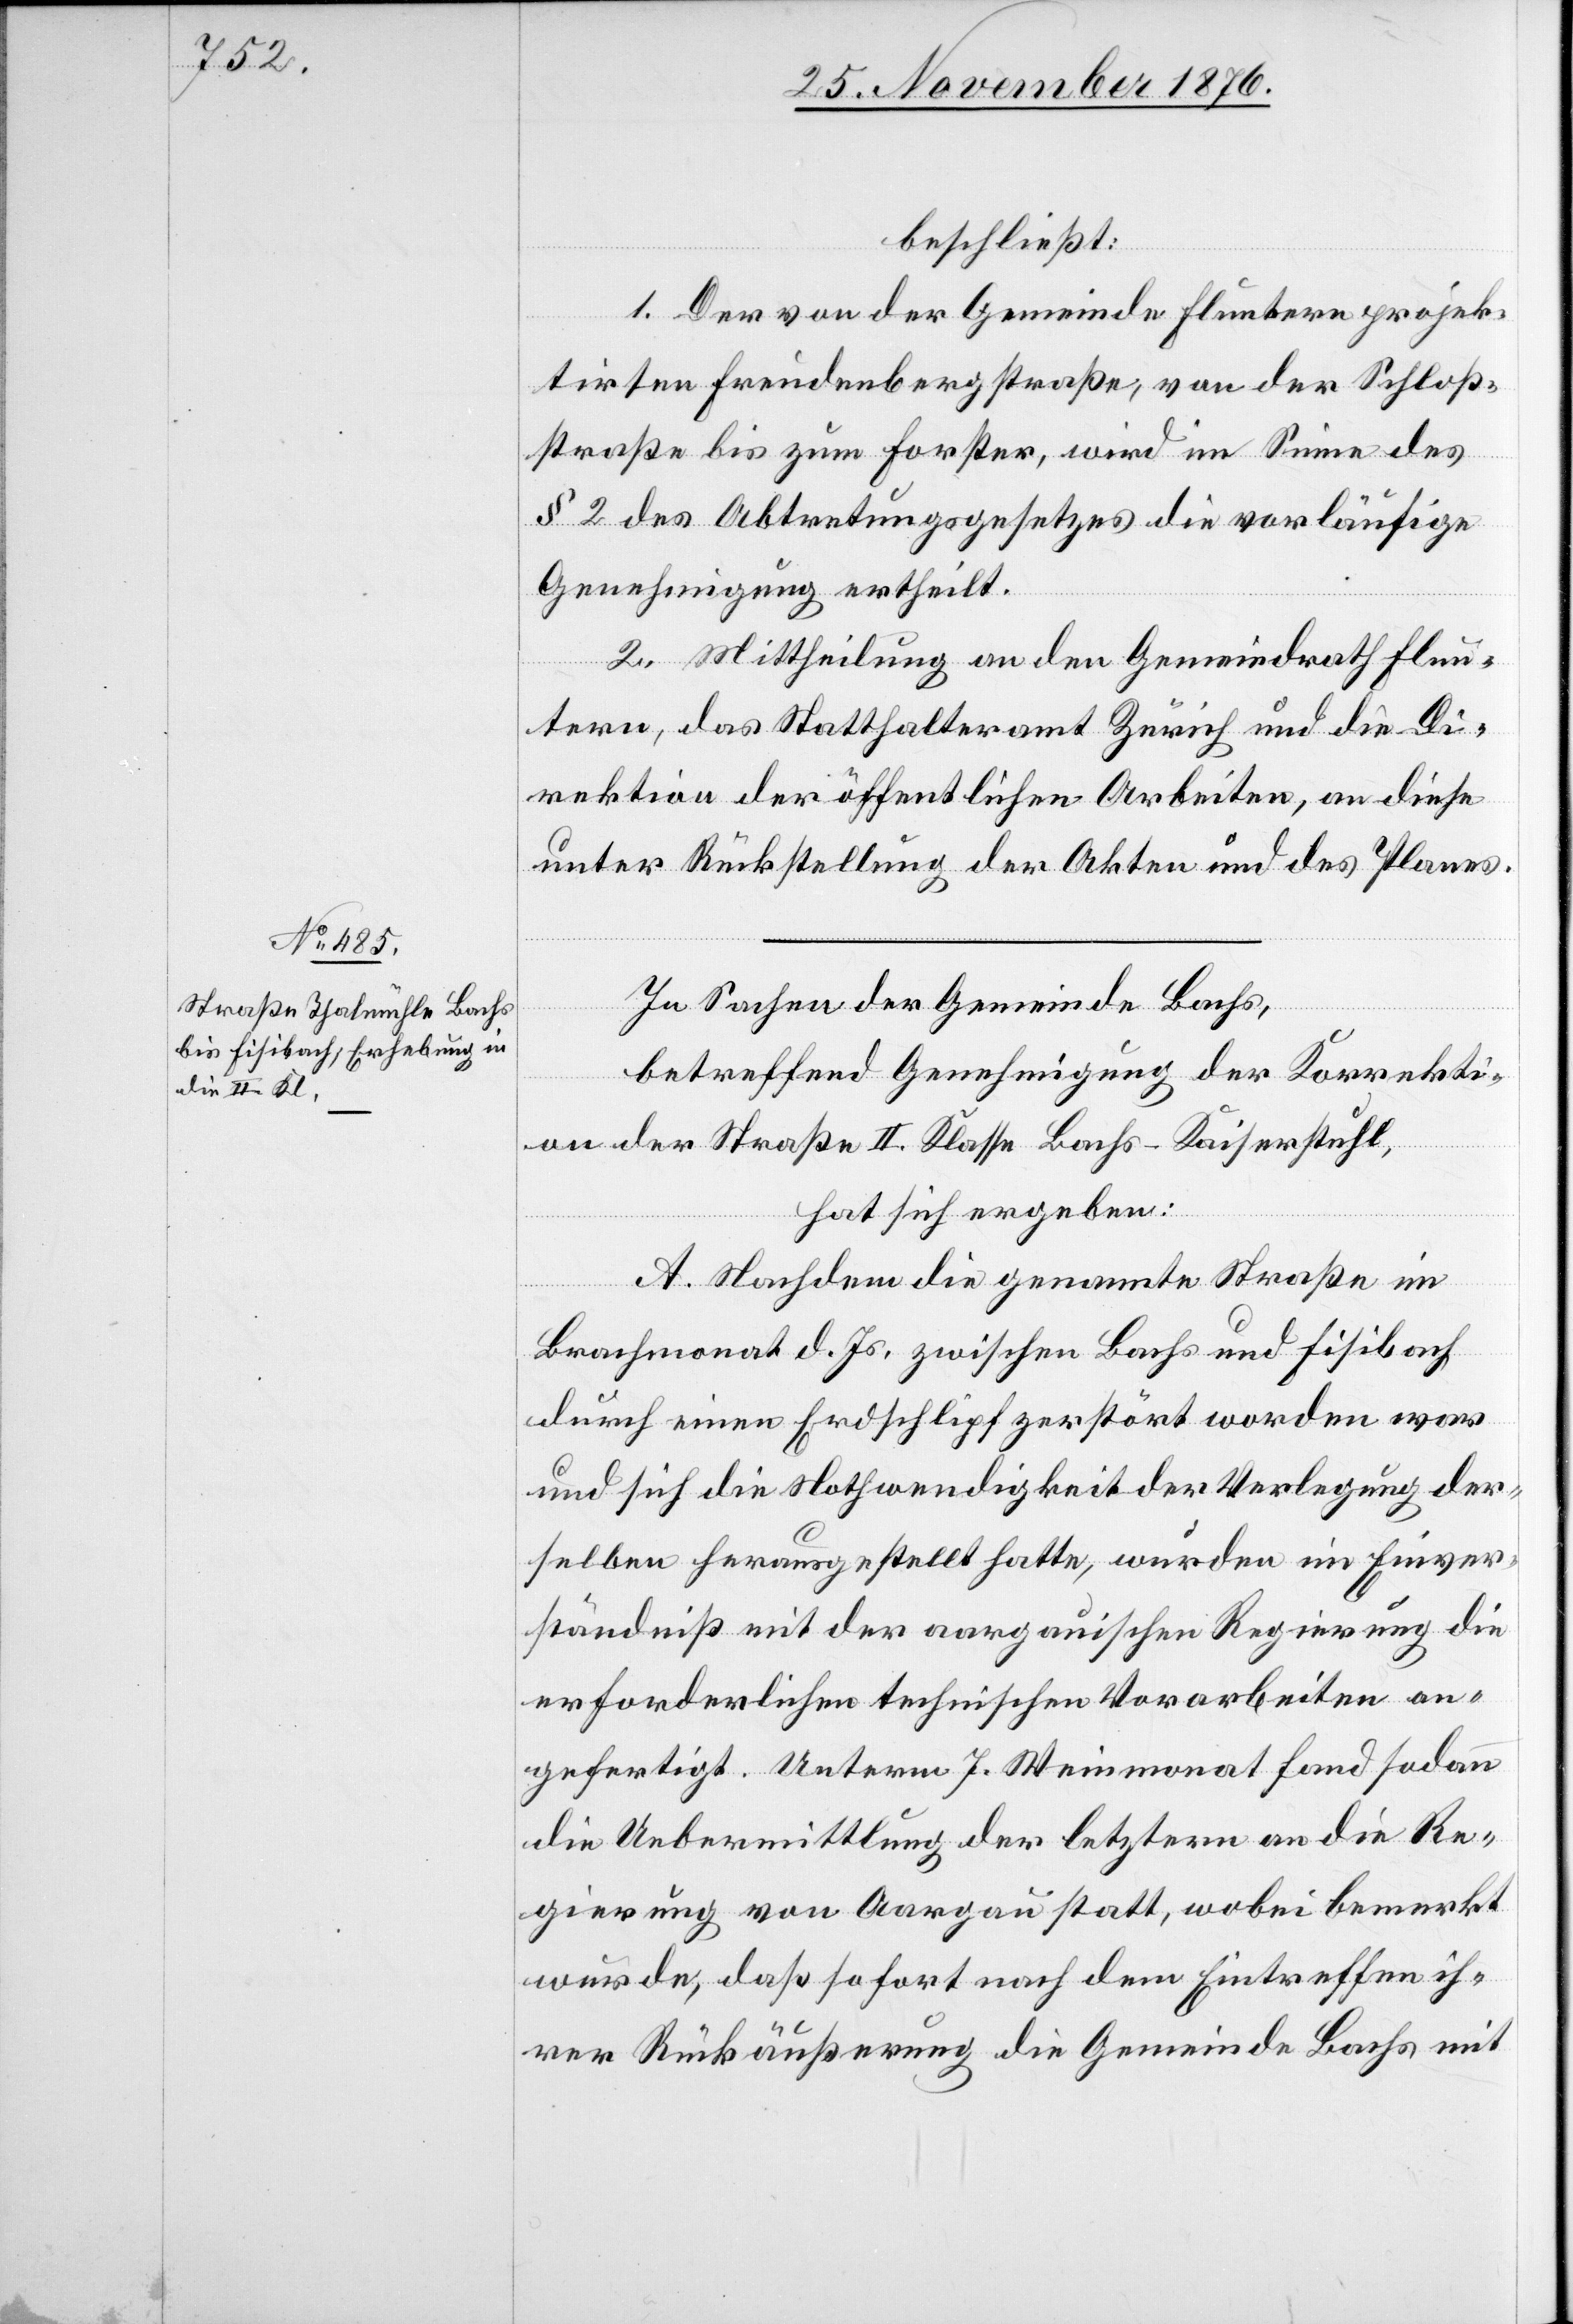
beschließt:
1. Der von der Gemeinde Fluntern projek¬
tirten Freudenbergstraße, von der Schloß¬
straße bis zum Forster, wird im Sinne des
§ 2 des Abtretungsgesetzes die vorläufige
Genehmigung ertheilt.
2. Mittheilung an den Gemeindrath Flun¬
tern, das Statthalteramt Zürich und die Di¬
rektion der öffentlichen Arbeiten, an diese
unter Rückstellung der Akten und des Planes.
In Sachen der Gemeinde Bachs,
betreffend Genehmigung der Korrekti¬
on der Straße II. Klasse Bachs–Kaiserstuhl,
hat sich ergeben:
A. Nachdem die genannte Straße im
Brachmonat d. Js. zwischen Bachs und Fisibach
durch einen Erdschlipf zerstört worden war
und sich die Nothwendigkeit der Verlegung der¬
selben herausgestellt hatte, wurden im Einver¬
ständniß mit der aargauischen Regierung die
erforderlichen technischen Vorarbeiten an¬
gefertigt. Unterm 7. Weinmonat fand sodann
die Uebermittlung der letztern an die Re¬
gierung von Aargau statt, wobei bemerkt
wurde, daß sofort nach dem Eintreffen ih¬
rer Rückäußerung die Gemeinde Bachs mit